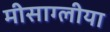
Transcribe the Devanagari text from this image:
मीसाग्लीया